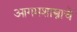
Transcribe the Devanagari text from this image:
आगमशास्त्राचे